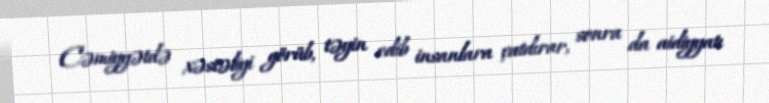
Cəmiyyətdə xəstəliyi görüb, təyin edib insanlara çatdırar, sonra da aidiyyatı